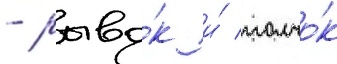
- рыво́к и́ толчо́к